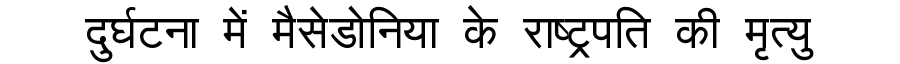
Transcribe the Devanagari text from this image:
दुर्घटना में मैसेडोनिया के राष्ट्रपति की मृत्यु